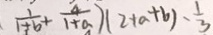
\frac { 1 } { 1 + b } + \frac { 4 } { 1 + a } ) ( 2 + a + b ) - \frac { 1 } { 3 }